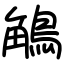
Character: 鵤